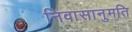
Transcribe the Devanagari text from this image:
निवासानुमति